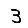
Digit: 3